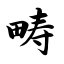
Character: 畴